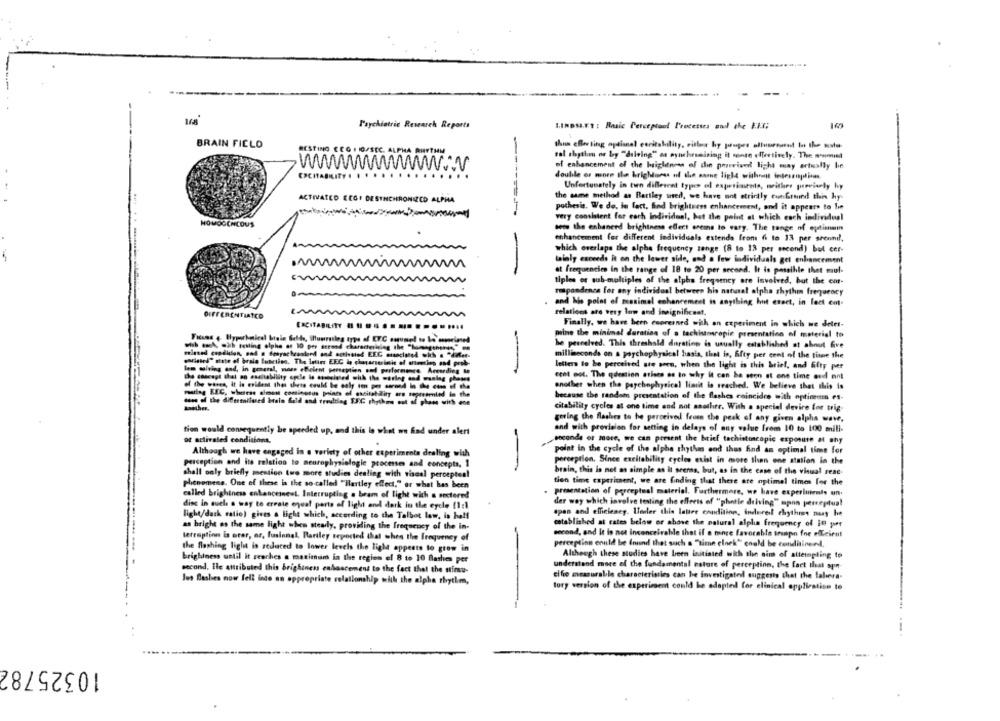
Psychiatric Research Reports
LINDSLET : Basic Perceptoot Processes and the EKG;
BRAIN FIELD
RESTING ECG HIG/SEC. ALPHA RHYTHM
val rhythm or by "delving" as synchronining il spose effectively. The most
of enhancement of the brightness of din provvived light may artually be
double or more than brightures of the same light without interruption.
Unfortunately in turn different types of experiments, neither pervianly hy
ACTIVATED ECG. DESYNCHRONIZED ALPHA
the same method as Bariley used, we have ant strictly conforand thin hy.
pothesis. We do. in fact, find brightness enhancement, and it appears to In
very consistent for each individual, but the point at which each individual
HOWOCCHIOUS
sets the enhanced brightness effect steins to vary. The tange of optimum
enhancement for different individuals extends from 6 to 13 per srontil,
which overlaps the alpha frequency range (8 to 13 per second) but cer-
tainly exceeds Rt on the lower side, and a few individuals get enlancement
-
at frequencies in the range of 18 to 20 per second. It is possible that mul-
tiples or sub-multiples of the alpha frequency are involved, but the cat-
rmpandenca for any individual between his natural alpha rhythm frequency
and his point of messimel enhancement is anything huit exact, in fact em-
DIFFERENTIATED
relations are very low and insignificant.
Finally, we have been coorerned with on experiment in which we detet-
peine the minimal duration of a tachistoscopie presentation of material to
he pescelved. This threshold duration is usually established at about Give
milliseconds on a porchophysical basis, that is, fifty per cent of the time the
existed" state of brain function. The intins EEC & chanserinie of antencies and prob-
letters to be perceived are porn, when the light is this brief, and fifty per
lam solving and, in general, more efficient perception sod performance. According to
--
cent oot. The question arises as to why it can be seen at one time and not
of the wesen, it is evident that shete could be caly ton per -and - - he emn .f .
another when the paychophysical limit is reached. We believe that this is
because the random presentation of the flashes coincide with optimis es-
dans of the diffeemailused bain fald and treulting SEX rhythms est af ghans with ene
citability cycles at one time and not another. With a special devire for trig-
goring the flashes to be perceived feuen the peak of any given alpha wave,
tion would consequently be speeded up, and this is what we had under alert
and with provision for setting in delays of any value from 10 to 100 mill-
ot activated conditions.
seconda or more, we can present the brief techistoscopic exposure at any
Although we have engaged in a variety of other experiments dealing with
point in the cycle of the alphe rhythm and thus And an optimal time for
perception. Since excitability cycles exist in more than one atation in the
perception and its relation to neurophysiologie processes and concepts, 1
shall only briefly mention two more studies dealing with viscal perceptes!
brain, this is net as simple as it arerss, but, as in the case of the visual rene
tien time experiment, we are finding that there are optimel times for the
phenomens. One of these is the so-called "Hartley effect," or what has been
called brightness enhanceine.L. Interrupting . bram of light with & sectered
presentation of perceptual material. Furthermore, we have experiments un.
disc in such a way to create equal parts of light and dark in the cycle (1:1
der way which involve testing the effects of "phatle driving" apon perceptual
light/dark ratio) gives a light which, according to the Talbot low, in half
span and efficiency. Under this lattre condition, indurel rhythms naay he
as bright os the same light when steady, providing the frequency of the in-
established at rates below or above the natural alpha frequency of IS por
second, and it is not inconceivable that if a more favorable trapo foe efficient
lerruption is ater, or, fusinnal, Rariley reported that when the frequency of
the flashing light is reduced to lower levels the light appears to grow in
perception enuld be found that such a "time clock" could be conditinsel,
Although these studies have been inutisted with slin aim of attempting to
brightness until it reaches a maximum in the region of 8 to 10 Bashes per
second, Ile attributed this brightness enhancement to the fact that the stimu-
understand more of the fundamental nature of perception, the fact that an-
cifo measurable characteristics can be investigated suggests that the labera-
les Bashes now fell into an appropriate relationship with the alpha rhythm,
tory version of the experiment could be adapted for clinical application to
10325782